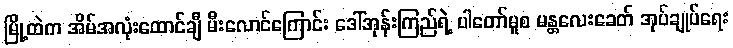
မြို့ထဲက အိမ်အလုံးထောင်ချီ မီးလောင်ကြောင်း ဒေါ်အုန်းကြည်ရဲ့ ပါတော်မူစ မန္တလေးခေတ် အုပ်ချုပ်ရေး